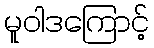
မူဝါဒကြောင့်